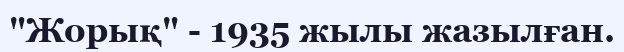
"Жорық" - 1935 жылы жазылған.